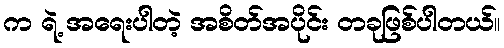
က ရဲ့ အရေးပါတဲ့ အစိတ်အပိုင်း တခုဖြစ်ပါတယ်။